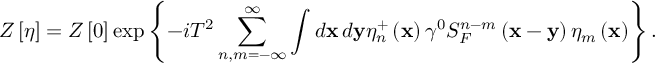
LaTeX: Z \left[ \eta \right] = Z \left[ 0 \right] \exp \left\{ - i T ^ { 2 } \sum _ { n , m = - \infty } ^ { \infty } \int d \mathbf { x \, } d \mathbf { y } \eta _ { n } ^ { + } \left( \mathbf { x } \right) \gamma ^ { 0 } S _ { F } ^ { n - m } \left( \mathbf { x - y } \right) \eta _ { m } \left( \mathbf { x } \right) \right\} .